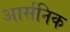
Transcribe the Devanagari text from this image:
आर्सनिक